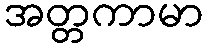
အတ္တကာမာ